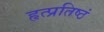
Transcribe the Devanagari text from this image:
हृत्प्रतिष्ठं